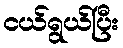
ငယ်ရွယ်ပြီး